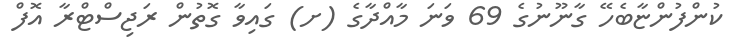
ކުންފުންޏާބެހޭ ގާނޫނުގެ 69 ވަނަ މާއްދާގެ (ށ) ގައިވާ ގޮތުން ރަޖިސްޓްރާ އޮފް